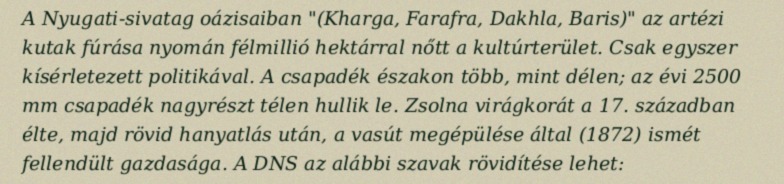
A Nyugati-sivatag oázisaiban "(Kharga, Farafra, Dakhla, Baris)" az artézi kutak fúrása nyomán félmillió hektárral nőtt a kultúrterület. Csak egyszer kísérletezett politikával. A csapadék északon több, mint délen; az évi 2500 mm csapadék nagyrészt télen hullik le. Zsolna virágkorát a 17. században élte, majd rövid hanyatlás után, a vasút megépülése által (1872) ismét fellendült gazdasága. A DNS az alábbi szavak rövidítése lehet: